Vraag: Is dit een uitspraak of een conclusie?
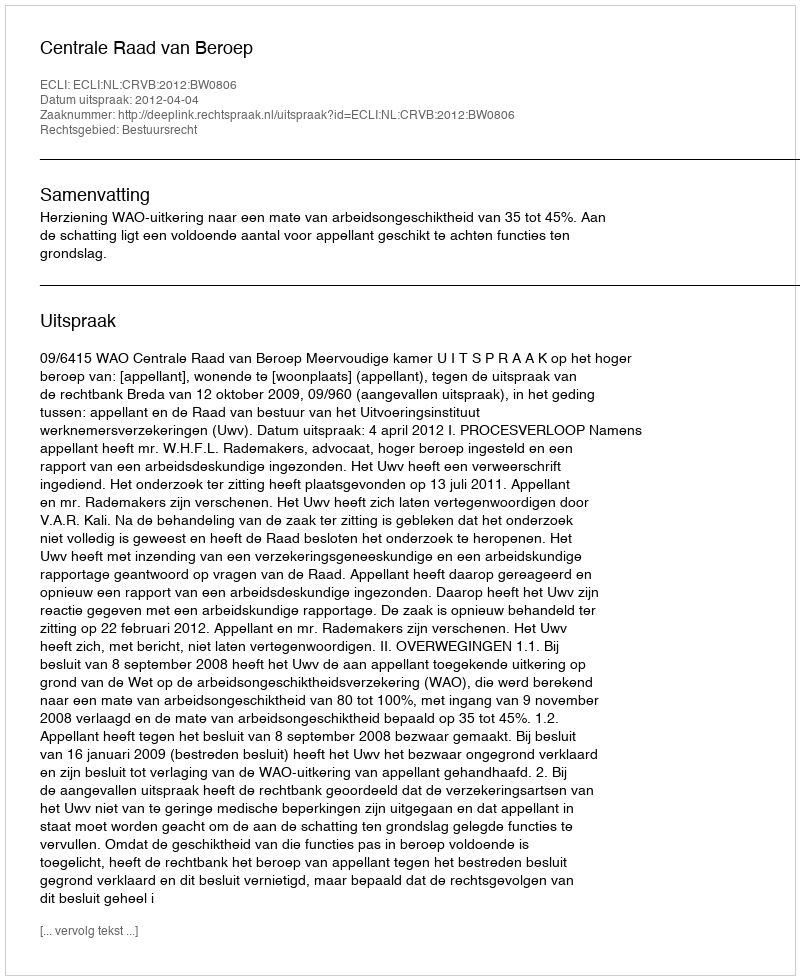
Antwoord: Uitspraak